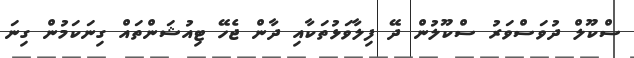
ސްކޫލް ދުވަސްވަރު ސްކޫލުން ދޭ ފިލާވަޅުތަކާއި ދާން ޖެހޭ ޓިއުޝަންތައް ގިނަކަމުން ގިނަ